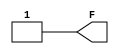
`timescale 1ns / 1ps

module ifelse2(
    
    output wire F
    );
    //---testbench-----
 reg A,B,C;
 initial begin
#10
A=0; 
B=0; 
C=0;

#10
A=1; 
B=1; 
C=1;

#10
A=0; 
B=1; 
C=0;
 end
reg F_v;
always @(A,B,C) begin

    if (A==1'b0 && B==1'b0 && C==1'b0)
        F_v = 1'b1;
  
    else if (A==1'b0 && B==1'b1 && C==1'b0) 
        F_v = 1'b1;
    
    else if (A==1'b1 && B==1'b1 && C==1'b0) 
        F_v = 1'b1;
    else if (A==1'b0 && B==1'b0 && C==1'b1) 
        F_v = 1'b0;
    else 
        F_v = 1'b0;
    end 
    assign F = F_v;
endmodule